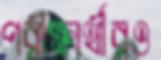
পরীক্ষার্থীরও